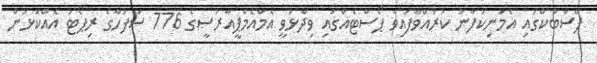
ފޭސްބުކްގައި އެމަނިކުފާނު ކުރައްވާފައިވާ ޕޯސްޓެއްގައި ވިދާޅުވީ އެމްއެމްޕީއާރުސީގެ 776 ސަފުހާގެ ރިޕޯޓު އެއްކޮޅުން